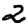
Digit: 2